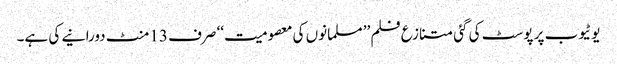
یوٹیوب پر پوسٹ کی گئی متنازع فلم ’’ مسلمانوں کی معصومیت‘‘ صرف 13 منٹ دورانیے کی ہے۔